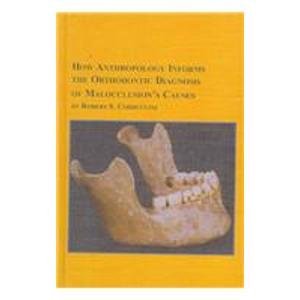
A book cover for How Anthropology Informs the Orthodontic Diagnosis of Malocclusion's Causes (Mellen Studies in Anthropology, 1); Robert S. Corruccini; Medical Books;